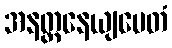
အနတ္တနေယျမေတံ